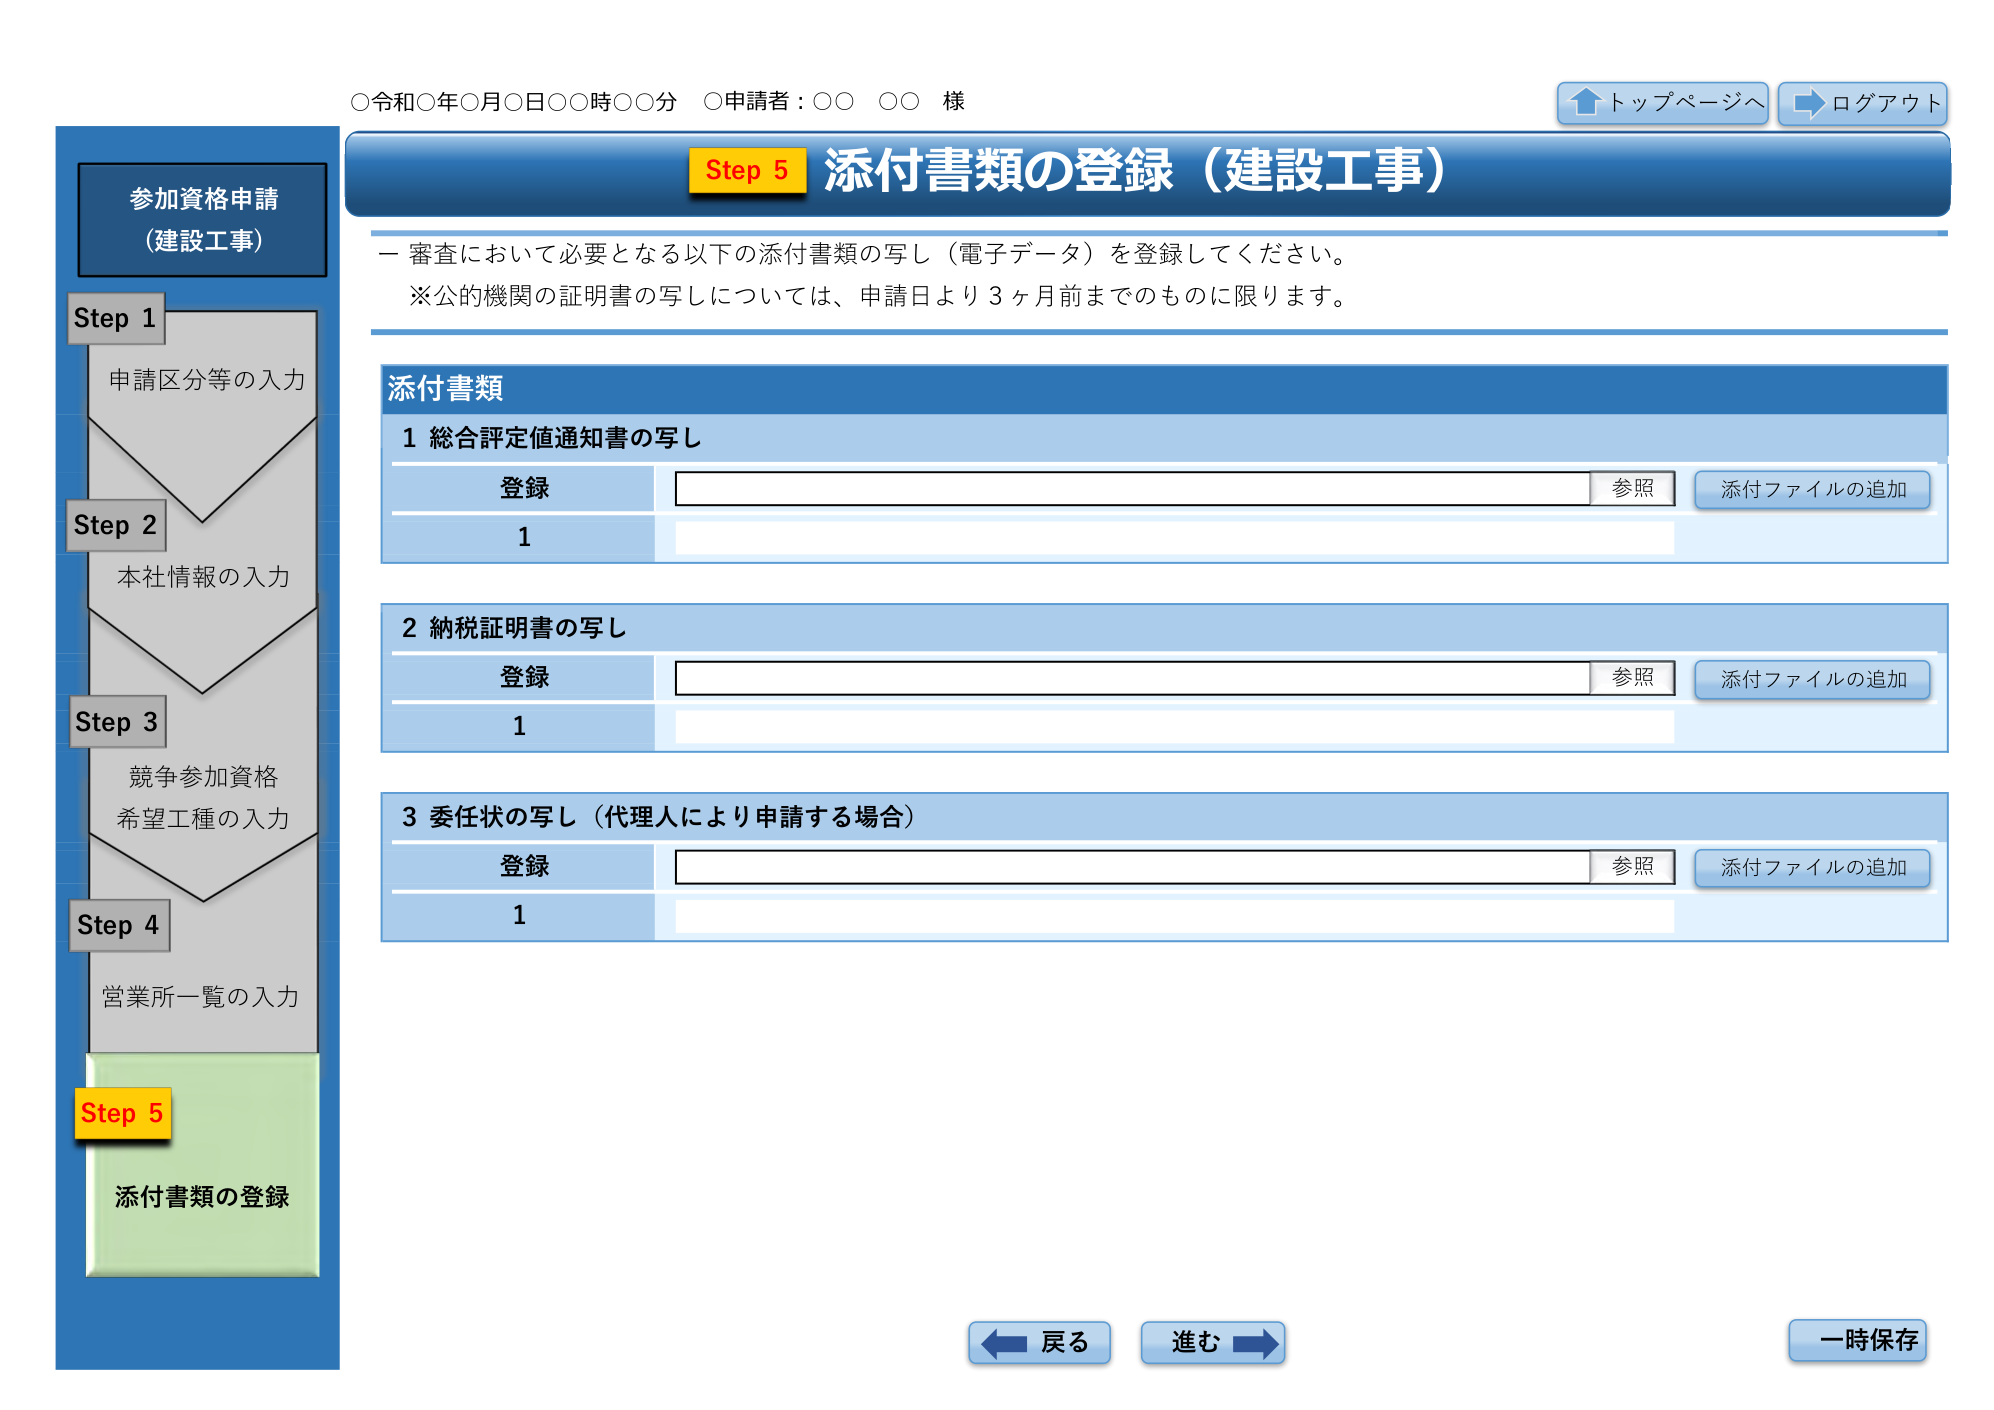
○令和○年○月○日○○時○○分 ○申請者：○○ ○○ 様
↑トップページへ ←ログアウト

参加資格申請
（建設工事）

Step 1
申請区分等の入力

Step 2
本社情報の入力

Step 3
競争参加資格
希望工種の入力

Step 4
営業所一覧の入力

Step 5
添付書類の登録

Step 5 添付書類の登録（建設工事）

－審査において必要となる以下の添付書類の写し（電子データ）を登録してください。
※公的機関の証明書の写しについては、申請日より3ヶ月前まで のものに限ります。

添付書類

1 総合評定値通知書の写し
登録 [空白] 参照 添付ファイルの追加
1 [空白]

2 納税証明書の写し
登録 [空白] 参照 添付ファイルの追加
1 [空白]

3 委任状の写し（代理人により申請する場合）
登録 [空白] 参照 添付ファイルの追加
1 [空白]

←戻る 進む→ 一時保存